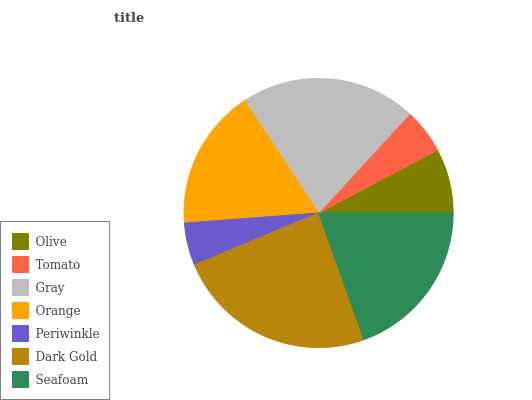
| Olive | Tomato | Gray | Orange | Periwinkle | Dark Gold | Seafoam |
 | --- | --- | --- | --- | --- | --- | --- |
 | 7.75% | 5.43% | 21% | 16.9% | 5.13% | 24.2% | 19.6% |